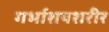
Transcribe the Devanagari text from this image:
गर्भाशयशरीर